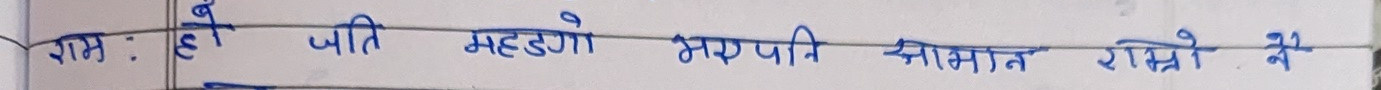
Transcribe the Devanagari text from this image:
राम : हो पीति महँगो भए पनि आसमान राम्रो ने